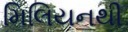
મિલિયનથી